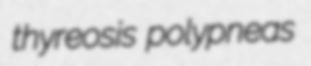
thyreosis polypneas